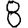
Digit: 8